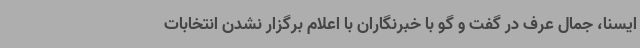
ایسنا، جمال عرف در گفت و گو با خبرنگاران با اعلام برگزار نشدن انتخابات